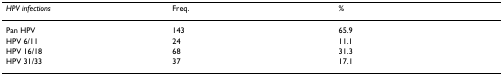
| HPV infections | Freq. | % |
 | --- | --- | --- |
 | Pan HPV | 143 | 65.9 |
 | HPV 6/11 | 24 | 11.1 |
 | HPV 16/18 | 68 | 31.3 |
 | HPV 31/33 | 37 | 17.1 |